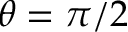
\theta = \pi / 2